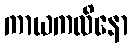
ကာယကလိနော